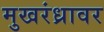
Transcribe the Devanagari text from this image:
मुखरंध्रावर